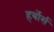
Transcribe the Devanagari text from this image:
हर्बोर्स